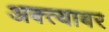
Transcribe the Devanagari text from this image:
अक्त्याबर